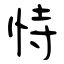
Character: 恃